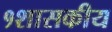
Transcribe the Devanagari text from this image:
१शासकीय